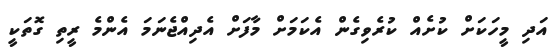
އަދި މީހަކަށް ކުށެއް ކުރެވިގެން އެކަމަށް މާފަށް އެދިއްޖެނަމަ އެންމެ ރީތި ގޮތަކީ